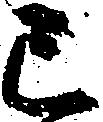
已